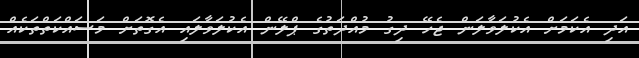
އަދި އެކަމަށް އެކުލަވާލަން ޖެހޭ ދިގު މުއްދަތުގެ ޕްލޭން އެކުލަވާލައި އެގޮތަށް މަސައްކަތްތަކެއް